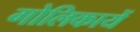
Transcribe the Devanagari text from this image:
गोलिकायें